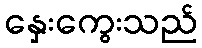
နှေးကွေးသည်